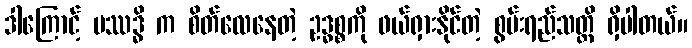
ဒါကြောင့် ပဿဒ္ဓိ က စိတ်လေနေတဲ့ ဥဒ္ဓစ္စကို ဖယ်ရှားနိုင်တဲ့ စွမ်းရည်သတ္တိ ရှိပါတယ်။